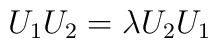
U_{1}U_{2} = \lambda U_{2}U_{1}